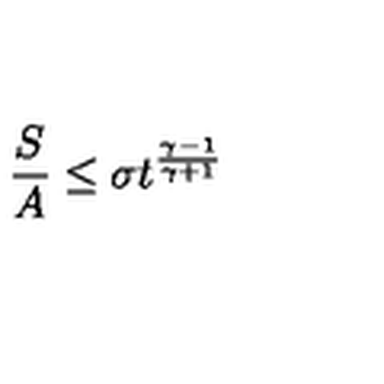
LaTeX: \frac { S } { A } \leq \sigma t ^ { \frac { \gamma - 1 } { \gamma + 1 } }